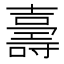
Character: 𭐙